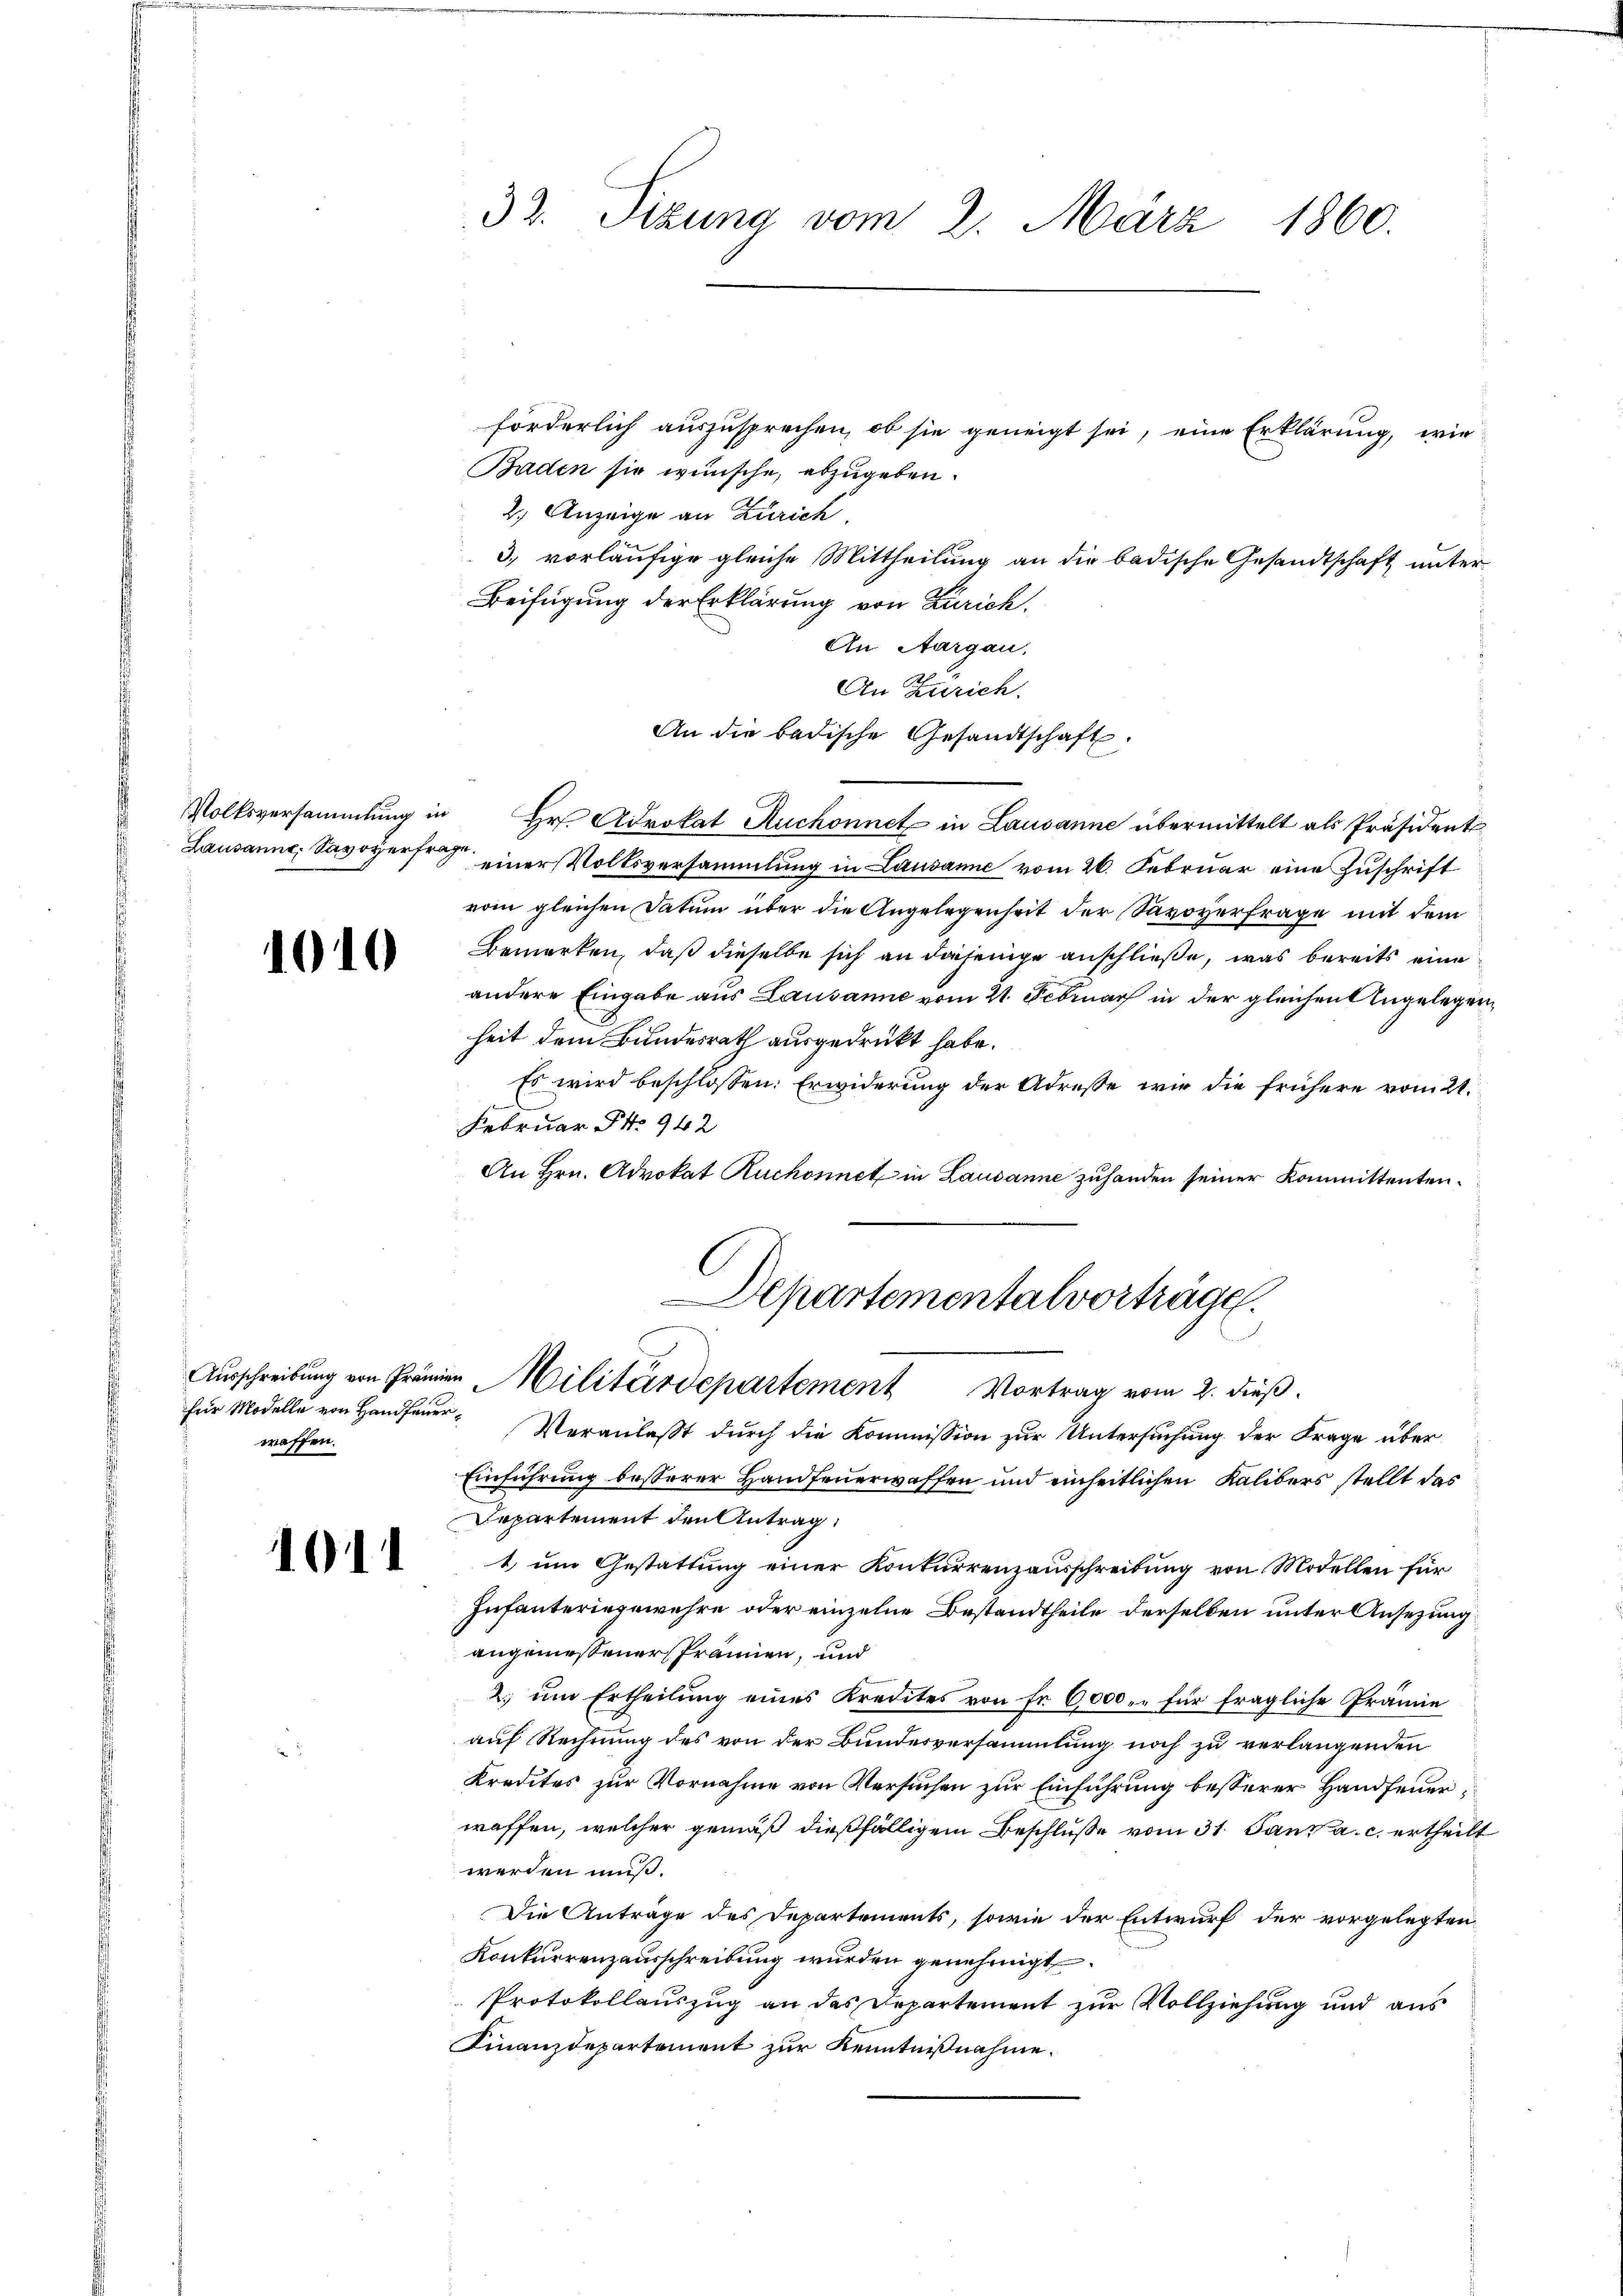
1010

für Modelle von Handfeuerwaffen.

1

32. Sizung vom 2. März 1860.

förderlich auszusprechen, ob sie geneigt sei, eine Erklärung, wie
Baden sie wünsche, abzugeben.
2) Anzeige an Zürich.
3, vorläufige gleiche Mittheilung an die badische Gesandtschaft unter¬
Beifügung der Erklärung von Zürich.
An Aargau,
An Zürich.
An die badische Gesandtschaft.
Volksversammlung in Hr. Advokat Auchonnet in Lausanne übermittelt als Präsident
Lausanne, Savoyers einer Volksversammlung in Lausanne vom 26. Februar eine Zuschrift
vom gleichen Datum über die Angelegenheit der Savoyerfrage mit dem
Bemerken, daß dieselbe sich an diejenige anschließe, was bereits eine
andere Eingabe aus Lausanne vom 21. Februar in der gleichen Angelegenheit dem Bundesrath ausgedruckt habe.
Es wird beschlossen: Erwiderung der Adresse wir die frühere vom 21.
Februar Fr. 942
An Hrn. Advokat Ruchonnet in Lausanne zuhanden seiner Kommittenten.
Departementalvorträge.
n
Ausschreibung von Prämien Militärdepartement Vortrag vom 2. dieß.
Veranlaßt durch die Kommission zur Untersuchung der Frage über
Einführung besserer Handfeuerwaffen und einheitlichen Kalibers stellt das
Departement den Antrag,
1 um Gestattung einer Konkurrenzausschreitung von Modellen für
Infanteringewehre oder einzelne Bestandtheile derselben unter Ansezung
angemessener Prämien, und
2. um Ertheilung eines Kredites von Fr. 6000.- für fragliche Prämie
auf Rechnung des von der Bundesversammlung noch zu verlangenden
Kredites zur Vornahme von Versuchen zur Einführung besserer Handfeuerwaffen, welcher gemäß dießfälligem Beschluße vom 31. Janz a. c. ertheilt
werden muß.
Die Anträge des Departements, sowie der Entwurf der vorgelegten
Konkurrenzausschreibung wurden genehmigt.
Protokollauszug an des Departement zur Vollziehung und aus
Finanzdepartement zur Kenntnißnahme.